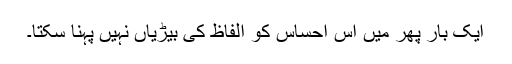
ایک بار پھر میں اس احساس کو الفاظ کی بیڑیاں نہیں پہنا سکتا۔